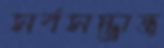
সর্বসম্ভ্রান্ত